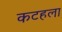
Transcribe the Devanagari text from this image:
कटहला